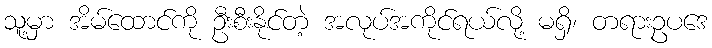
သူ့မှာ အိမ်ထောင်ကို ဦးစီးနိုင်တဲ့ အလုပ်အကိုင်ရယ်လို့ မရှိ၊ တရားဥပဒေ